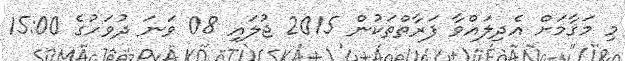
މި މަޤާމަށް އެދިލައްވާ ފަރާތްތަކުން 2015 ޖުލައި 08 ވަނަ ދުވަހުގެ 15:00